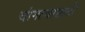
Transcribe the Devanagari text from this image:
चांगल्यासाठी